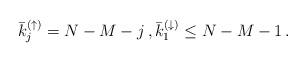
LaTeX: \begin{align*} \bar{k}_j^{(\uparrow)} = N-M-j \, , \bar{k}_1^{(\downarrow)} \leq N-M-1 \, .\end{align*}